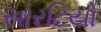
સારટિયો